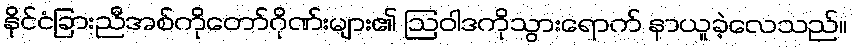
နိုင်ငံခြားညီအစ်ကိုတော်ဂိုဏ်းများ၏ ဩဝါဒကိုသွားရောက် နာယူခဲ့လေသည်။